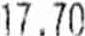
17.70